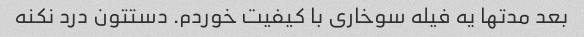
بعد مدتها یه فیله سوخاری با کیفیت خوردم. دستتون درد نکنه